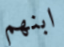
ابنهم